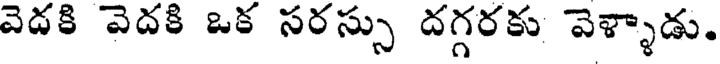
వెదకి వెదకి ఒక సరస్సు దగ్గరకు వెళ్ళాడు.